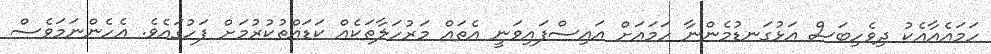
ހަމައެއާއެކު ދިވެހިބަސް އަޅުގަނޑުމެންނާ ހަމައަށް އައިސްފައިވަނީ އެތައް މަރުހަލާތަކެއް ކަޑައްތުކުރުމަށް ފަހުގައެވެ. އެހެންނަމަވެސް